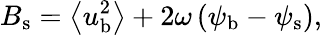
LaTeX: {B}_{\mathrm{s}}=\left<{u}_{\mathrm{b}}^{2}\right>+2\omega\, ({\psi}_{\mathrm{b}}-{\psi}_{\mathrm{s}}),